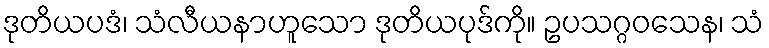
ဒုတိယပဒံ၊ သံလီယနာဟူသော ဒုတိယပုဒ်ကို။ ဥပသဂ္ဂဝသေန၊ သံ